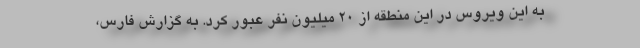
به این ویروس در این منطقه از 20 میلیون نفر عبور کرد. به گزارش فارس،